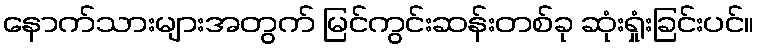
နောက်သားများအတွက် မြင်ကွင်းဆန်းတစ်ခု ဆုံးရှုံးခြင်းပင်။